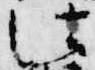
法